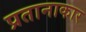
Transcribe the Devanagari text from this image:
प्रतानाकार